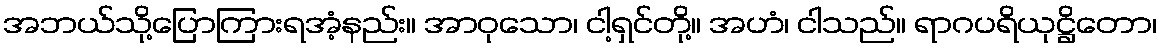
အဘယ်သို့ပြောကြားရအံ့နည်း။ အာဝုသော၊ ငါ့ရှင်တို့။ အဟံ၊ ငါသည်။ ရာဂပရိယုဋ္ဌိတော၊